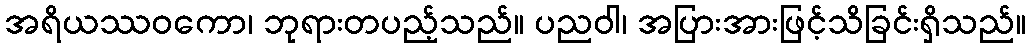
အရိယဿဝကော၊ ဘုရားတပည့်သည်။ ပညဝါ၊ အပြားအားဖြင့်သိခြင်းရှိသည်။